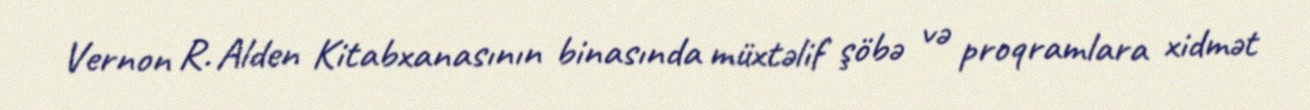
Vernon R. Alden Kitabxanasının binasında müxtəlif şöbə və proqramlara xidmət